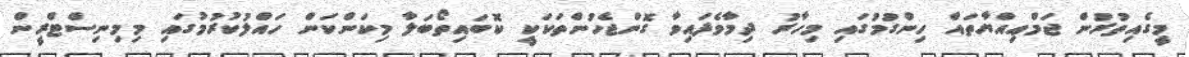
މީގެއިތުރުން ޖަމްޢިއްޔާތައް ހިންގުމުގައި މިހާރު ދިމާވެފައިވާ ގޮންޖެހުންތަކަކީ ކޮބައިތޯބަލާ މިކަންކަން ހައްލުކުރުމުގައި މިމިނިސްޓްރީން